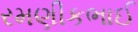
રમણીકભાઈ